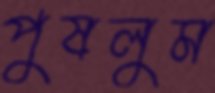
পুষলুম